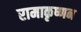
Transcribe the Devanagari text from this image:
रामाकृष्णन